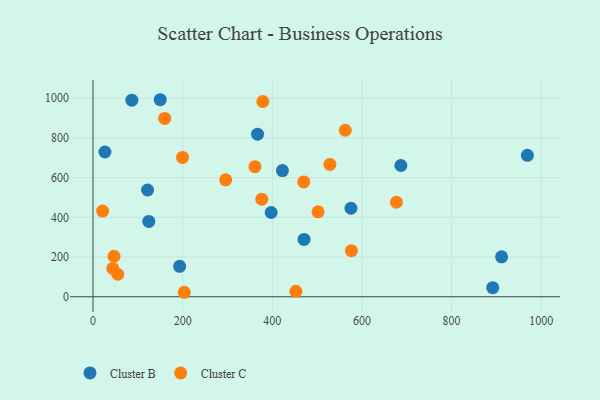
{"axis": {"x": "Price", "y": "Fuel Efficiency"}, "legend": ["Cluster B", "Cluster C"], "data": [{"x": "686.8", "y": 660.9, "type": "Cluster B"}, {"x": "470.8", "y": 288.7, "type": "Cluster B"}, {"x": "86.7", "y": 989.8, "type": "Cluster B"}, {"x": "150.0", "y": 991.9, "type": "Cluster B"}, {"x": "367.1", "y": 818.6, "type": "Cluster B"}, {"x": "911.5", "y": 201.1, "type": "Cluster B"}, {"x": "193.2", "y": 153.4, "type": "Cluster B"}, {"x": "891.7", "y": 45.6, "type": "Cluster B"}, {"x": "121.8", "y": 537.5, "type": "Cluster B"}, {"x": "422.6", "y": 635.4, "type": "Cluster B"}, {"x": "397.5", "y": 424.1, "type": "Cluster B"}, {"x": "575.5", "y": 445.6, "type": "Cluster B"}, {"x": "969.0", "y": 712.1, "type": "Cluster B"}, {"x": "26.7", "y": 728.8, "type": "Cluster B"}, {"x": "124.5", "y": 379.5, "type": "Cluster B"}, {"x": "296.0", "y": 588.8, "type": "Cluster C"}, {"x": "55.2", "y": 113.4, "type": "Cluster C"}, {"x": "576.4", "y": 232.0, "type": "Cluster C"}, {"x": "21.5", "y": 431.2, "type": "Cluster C"}, {"x": "44.2", "y": 142.8, "type": "Cluster C"}, {"x": "452.6", "y": 27.2, "type": "Cluster C"}, {"x": "470.2", "y": 577.9, "type": "Cluster C"}, {"x": "562.8", "y": 838.2, "type": "Cluster C"}, {"x": "676.8", "y": 475.7, "type": "Cluster C"}, {"x": "199.8", "y": 701.2, "type": "Cluster C"}, {"x": "528.5", "y": 666.2, "type": "Cluster C"}, {"x": "46.9", "y": 204.0, "type": "Cluster C"}, {"x": "378.9", "y": 982.9, "type": "Cluster C"}, {"x": "361.3", "y": 654.9, "type": "Cluster C"}, {"x": "502.0", "y": 427.7, "type": "Cluster C"}, {"x": "159.9", "y": 897.8, "type": "Cluster C"}, {"x": "376.5", "y": 491.1, "type": "Cluster C"}, {"x": "203.6", "y": 22.6, "type": "Cluster C"}]}